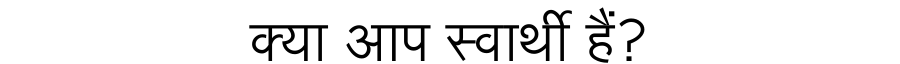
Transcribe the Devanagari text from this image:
क्या आप स्वार्थी हैं?